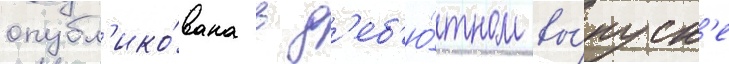
опубл'ико́вана в д'еб'ю́тном вы́пуск'е